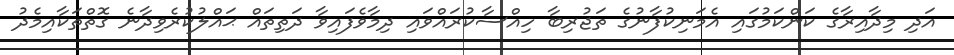
އަދި މިދާއިރާގެ ކަންކަމުގައި އެމަނިކުފާނުގެ ތަޖުރިބާ ހިއްސާކުރައްވައި ދިމާވެފައިވާ ދަތިތައް ޙައްލުކުރެވިދާނެ ގޮތްތަކާއިމެދު